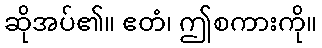
ဆိုအပ်၏။ ဧတံ၊ ဤစကားကို။